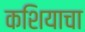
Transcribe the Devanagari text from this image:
कशियाचा